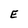
Character: E